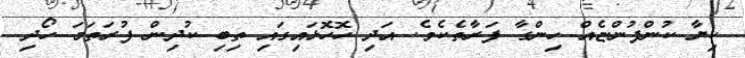
ކިޔާ ކުންފުންޏެއް ހިންގާ ފަރާތެކެވެ. އަދި ހޮހޮޅައިގައި ތިބި ކުދިން ފުރަތަމަ ހޯދި